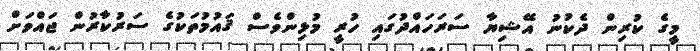
މީގެ ކުރިން ދެކުނު އޭޝިޔާ ސަރަހައްދުގައި ހުރީ މުޅިންވެސް ޤައުމުތަކުގެ ސަރުކާރުން ޖައްވަށް